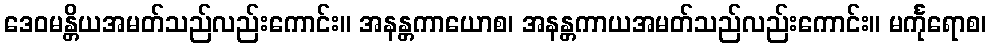
ဒေဝမန္တိယအမတ်သည်လည်းကောင်း။ အနန္တကာယောစ၊ အနန္တကာယအမတ်သည်လည်းကောင်း။ မင်္ကုရောစ၊